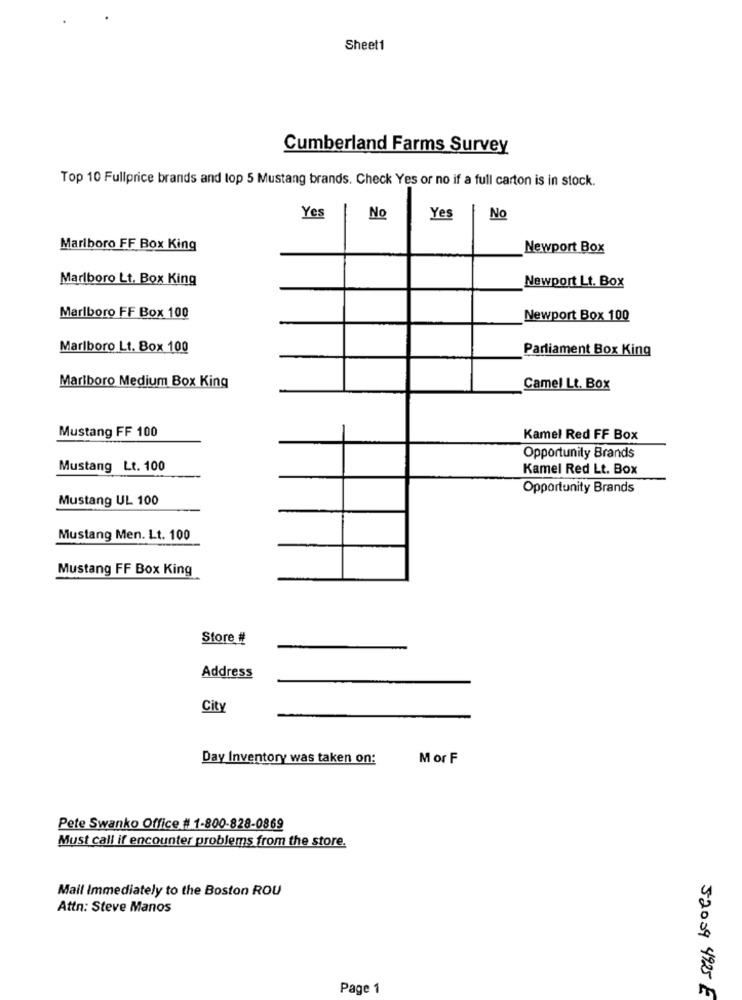
Sheet1
Cumberland Farms Survey
Top 10 Fullprice brands and top 5 Mustang brands. Check Yes or no if a full carton is in stock.
Yes
No
Yes
No
Marlboro FF Box King
Newport Box
Marlboro Lt. Box King
Newport Lt. Box
Marlboro FF Box 100
Newport Box 100
Marlboro Lt. Box 100
Parliament Box King
Marlboro Medium Box King
Camel Lt. Box
Mustang FF 100
Kamel Red FF Box
Opportunity Brands
Mustang Lt. 100
Kamel Red Lt. Box
Opportunity Brands
Mustang UL 100
Mustang Men. Lt. 100
Mustang FF Box King
Store #
Address
City
Day Inventory was taken on:
Mor F
Pete Swanko Office # 1-800-828-0869
Must call if encounter problems from the store.
Mail Immediately to the Boston ROU
Attn: Steve Manos
Page 1
52009 4925 E